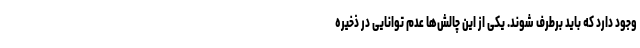
وجود دارد که باید برطرف شوند. یکی از این چالش‌ها عدم توانایی در ذخیره